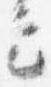
定